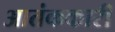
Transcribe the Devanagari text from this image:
आतंककारी